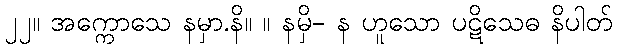
၂၂။ အက္ကောသေ နမှာ.နိ။ ။ နမှိ- န ဟူသော ပဋိသေဓ နိပါတ်